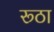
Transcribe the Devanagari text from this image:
रूठा